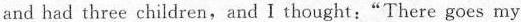
and had three children,and I thought:"There goes my